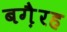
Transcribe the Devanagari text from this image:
बग़ैरह